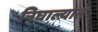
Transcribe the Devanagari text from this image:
निघाल्यात